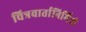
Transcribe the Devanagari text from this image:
चित्रवार्तानिर्मिती